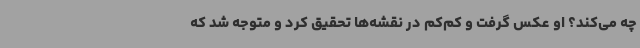
چه می‌کند؟ او عکس گرفت و کم‌کم در نقشه‌ها تحقیق کرد و متوجه شد که